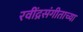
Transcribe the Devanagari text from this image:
रवींद्रसंगीताच्या